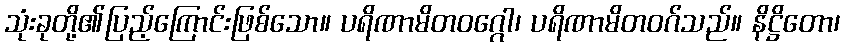
သုံးခုတို့၏ပြည့်ကြောင်းဖြစ်သော။ ပရိဏာမိတဝဂ္ဂေါ၊ ပရိဏာမိတဝဂ်သည်။ နိဋ္ဌိတော၊